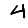
Digit: 4